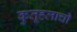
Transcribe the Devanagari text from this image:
कुतूहलाची